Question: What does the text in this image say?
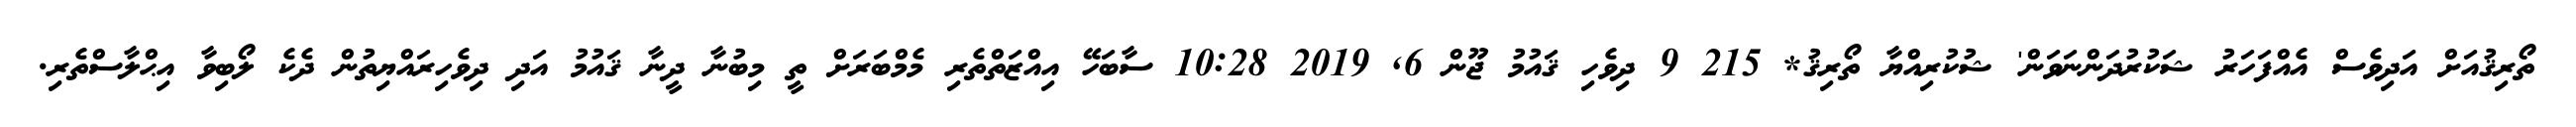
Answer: ތޯރިޤުއަށް އަދިވެސް އެއްފަހަރު ޝަކުރުދަންނަވަން' ޝުކުރިއްޔާ ތޯރިޤު* 215 9 ދިވެހި ޤައުމު ޖޫން 6, 2019 10:28 ސާބަހޭ އިއްޒަތްތެރި މެމްބަރަށް ތީ މިބުނާ ދީނާ ޤައުމު އަދި ދިވެހިރައްޔިތުން ދެކެ ލޯބިވާ އިޙްލާސްތެރި.